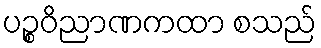
ပဉ္စဝိညာဏကထာ စသည်